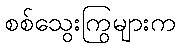
စစ်သွေးကြွများက